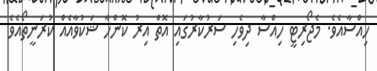
ހިއްސާއެވެ. މެޖޯރިޓީ ހިއްސާ ދިވެހި ސަރުކާރުގައި އޮތް އިރު ކޮންހާ ޝަކުވާއެއް ކުރަނީތޯއެވެ